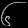
Digit: ၆